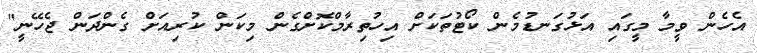
އެހެން ވީމާ މީގައި އަޅުގަނޑުމެން ކޯޓުތަކަށް އިހުތިރާމްކޮށްގެން މިކަން ކުރިއަށް ގެންދަން ޖެހޭނީ"